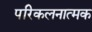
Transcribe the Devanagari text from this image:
परिकलनात्मक